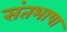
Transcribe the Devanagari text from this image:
संतभाषा